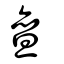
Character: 亶